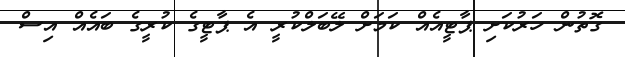
ގޮތުން ހަރުކަށި ޕާޓީއެއް ކަމަށް ލޭބަލްކުރީ އެ ޕާޓީގެ ކުރީގެ ބައެއް އިސް